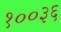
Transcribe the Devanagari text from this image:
१००३६